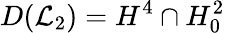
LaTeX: D(\mathcal{L}_{2})=H^{4}\cap H_{0}^{2}